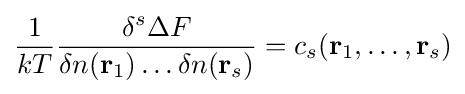
{\frac {1}{kT}}{\frac {\delta ^{s}\Delta F}{\delta n(\mathbf {r} _{1})\dots \delta n(\mathbf {r} _{s})}}=c_{s}(\mathbf {r} _{1},\dots ,\mathbf {r} _{s})